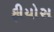
ફીયોસ